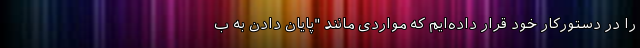
را در دستورکار خود قرار داده‌ایم که مواردی مانند "پایان دادن به ب